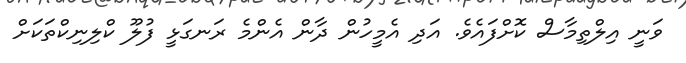
ވަނީ އިލްތިމާސް ކޮށްފައެވެ. އަދި އެމީހުން ދާން އެންމެ ރަނގަޅީ ފުލޫ ކްލިނިކްތަކަށް